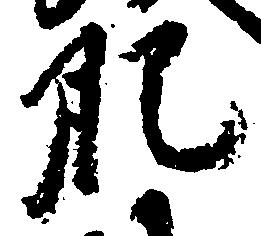
肥